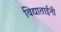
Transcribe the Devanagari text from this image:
विद्याताईंनी